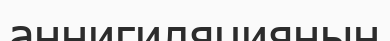
аннигиляцияның